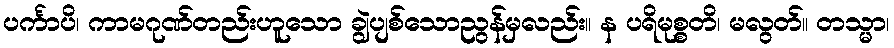
ပင်္ကာပိ၊ ကာမဂုဏ်တည်းဟူသော ချွဲပျစ်သောညွန်မှလည်း။ န ပရိမုစ္စတိ၊ မလွတ်။ တသ္မာ၊